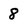
Character: 8